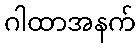
ဂါထာအနက်